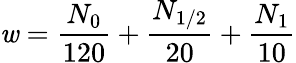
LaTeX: \mathit{w}=\frac{{N_{0}}}{{120}}+\frac{{N_{1/2}}}{{20}}+\frac{{N_{1}}}{{10}}